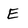
Character: E